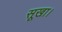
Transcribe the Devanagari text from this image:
सूखा।